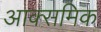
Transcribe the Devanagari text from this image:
आक्समिक